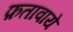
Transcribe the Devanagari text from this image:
फ़तावाये